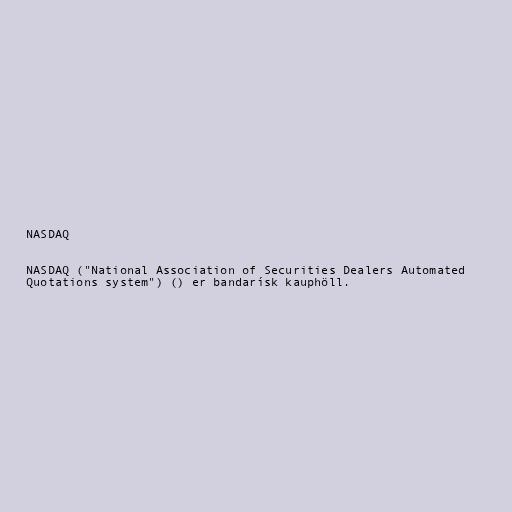
NASDAQ

NASDAQ ("National Association of Securities Dealers Automated
Quotations system") () er bandarísk kauphöll.